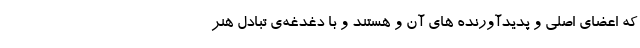
که اعضای اصلی و پدیدآورنده های آن و هستند و با دغدغه‌ی تبادلِ هنر